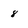
Character: 8